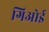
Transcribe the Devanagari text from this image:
गिओई